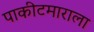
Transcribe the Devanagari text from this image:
पाकीटमाराला